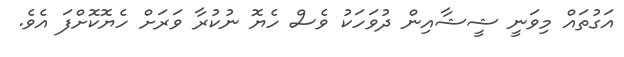
އަގުތައް މިވަނީ ޝީޝާއިން ދުވަހަކު ވެސް ހެޔޮ ނުކުރާ ވަރަށް ހެޔޮކޮށްފަ އެވެ.